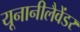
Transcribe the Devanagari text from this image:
यूनानीलैवेंडर